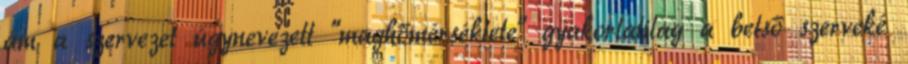
ám a szervezet úgynevezett "maghőmérséklete" gyakorlatilag a belső szerveké